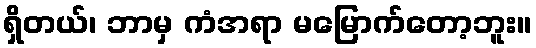
ရှိတယ်၊ ဘာမှ ကံအရာ မမြောက်တော့ဘူး။